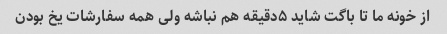
از خونه ما تا باگت شاید ۵دقیقه هم نباشه ولی همه سفارشات یخ بودن